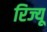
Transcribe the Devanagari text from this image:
रिज्यू